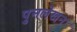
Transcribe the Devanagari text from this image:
पुनलेखन